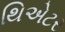
થિએટર